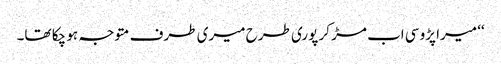
‘‘ میرا پڑوسی اب مڑ کر پوری طرح میری طرف متوجہ ہو چکا تھا۔